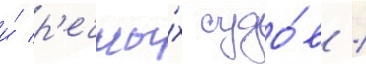
и́ р'ечны́х судо́в /